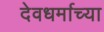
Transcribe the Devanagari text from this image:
देवधर्माच्या